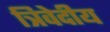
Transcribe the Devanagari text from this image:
त्रिवेदीय